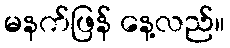
မနက်ဖြန် နေ့လည်။